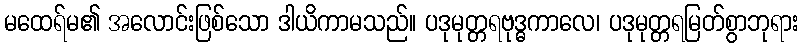
မထေရ်မ၏ အလောင်းဖြစ်သော ဒါယိကာမသည်။ ပဒုမုတ္တရဗုဒ္ဓကာလေ၊ ပဒုမုတ္တရမြတ်စွာဘုရား